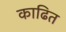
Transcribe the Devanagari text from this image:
काढित